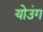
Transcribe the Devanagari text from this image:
योउंग